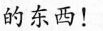
的东西！